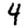
Digit: 4